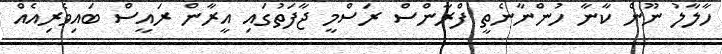
ހާލާލު ނޫން ކާނާ ހުންނާނެތީ ފްރާންސް ރަސްމީ ޖާފަތުގައި އީރާން ރައީސް ބައިވެރިއެއް